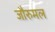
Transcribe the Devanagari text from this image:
जौरुमल